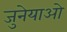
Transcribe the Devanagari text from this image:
जुनेयाओ